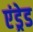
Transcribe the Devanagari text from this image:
एंड्रेड